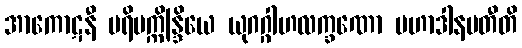
အာကောဋနီ ပရိပက္ကိန္ဒြိယေ ယုဂဂ္ဂါဟလက္ခဏော မဟာဒါနပတီတိ